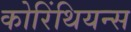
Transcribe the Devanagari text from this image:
कोरिंथियन्स